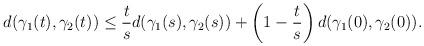
LaTeX: \begin{align*} d(\gamma_1(t),\gamma_2(t))&\le \frac{t}{s}d(\gamma_1(s),\gamma_2(s))+\left(1-\frac{t}{s}\right)d(\gamma_1(0),\gamma_2(0)).\end{align*}